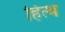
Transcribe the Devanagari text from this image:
हित्थ